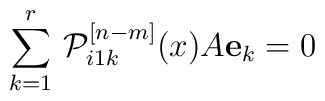
\sum\limits_{k=1}^r\,{\cal P}_{i1k}^{[n-m]}(x)A{\bf e}_k=0